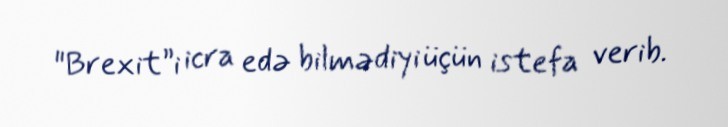
"Brexit”i icra edə bilmədiyi üçün istefa verib.